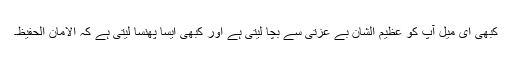
کبھی ای میل آپ کو عظیم الشان بے عزتی سے بچا لیتی ہے اور کبھی ایسا پھنسا لیتی ہے کہ الامان الحفیظ۔